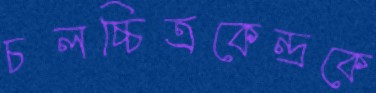
চলচ্চিত্রকেন্দ্রকে